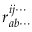
r _ { a b \cdots } ^ { i j \cdots }